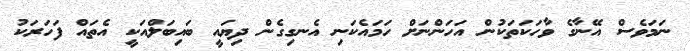
ނަމަވެސް އޭނާގެ ވާހަކަތަކުން އަހަންނަށް ހަމައެކަނި އެނގިގެން ދިޔައީ ބައިބަލްއަކީ އެތައް ފަހަރަކު